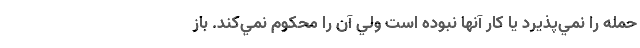
حمله را نمي‌پذيرد يا كار آنها نبوده است ولي آن را محكوم نمي‌كند. باز